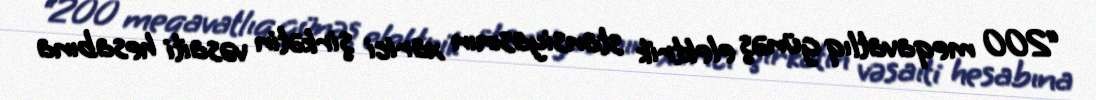
“200 meqavatlıq günəş elektrik stansiyasının xarici şirkətin vəsaiti hesabına